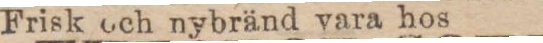
Frisk och nybränd vara hos